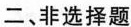
二、非选择题